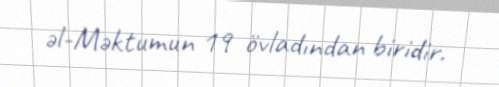
əl-Məktumun 19 övladından biridir.